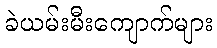
ခဲယမ်းမီးကျောက်များ